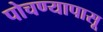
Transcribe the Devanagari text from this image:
पोचण्यापासू